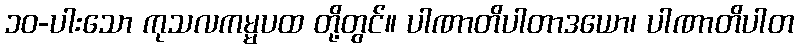
၁၀-ပါးသော ကုသလကမ္မပထ တို့တွင်။ ပါဏာတိပါတာဒယော၊ ပါဏာတိပါတ